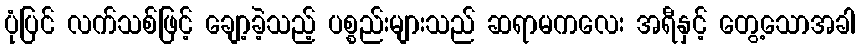
ပုံပြင် လက်သစ်ဖြင့် ချော့ခဲ့သည့် ပစ္စည်းများသည် ဆရာမကလေး အရီနှင့် တွေ့သောအခါ